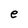
Character: e